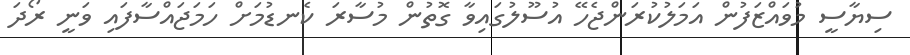
ސިޔާސީ މުވައްޒަފުން އަމަލުކުރަންޖެހޭ އުސޫލުގައިވާ ގޮތުން މުސާރަ ކެނޑުމަށް ހަމަޖައްސާފައި ވަނީ ރޯދަ